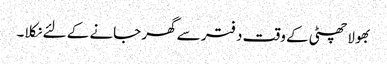
بھولا چھٹی کے وقت دفتر سے گھر جانے کے لئے نکلا۔